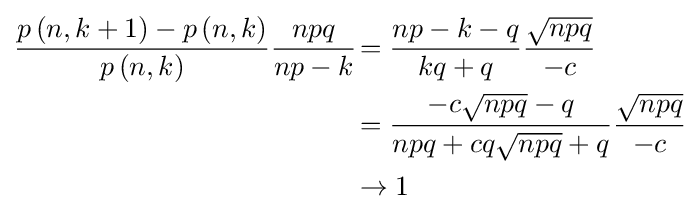
{\begin{aligned}{\frac {p\left(n,k+1\right)-p\left(n,k\right)}{p\left(n,k\right)}}{\frac {npq}{np\!\,-\!\,k}}\!&={\frac {np-k-q}{kq+q}}{\frac {\sqrt {npq}}{-c}}\\&={\frac {-c{\sqrt {npq}}-q}{npq+cq{\sqrt {npq}}+q}}{\frac {\sqrt {npq}}{-c}}\\&\to 1\end{aligned}}